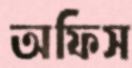
অফিস